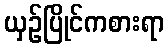
ယှဉ်ပြိုင်ကစားရာ